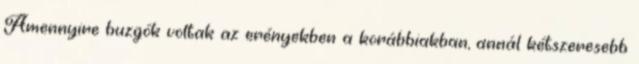
Amennyire buzgók voltak az erényekben a korábbiakban, annál kétszeresebb